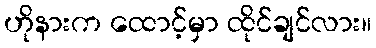
ဟိုနားက ထောင့်မှာ ထိုင်ချင်လား။